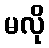
မလို